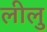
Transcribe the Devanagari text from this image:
लीलु